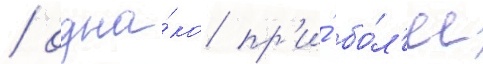
/ одна́ко пр'и́ бо́л'ее